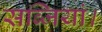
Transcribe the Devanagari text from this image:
सब्जियां।